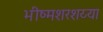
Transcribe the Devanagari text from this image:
भीष्मशरशय्या